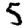
Digit: 5